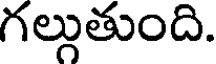
గల్గుతుంది.